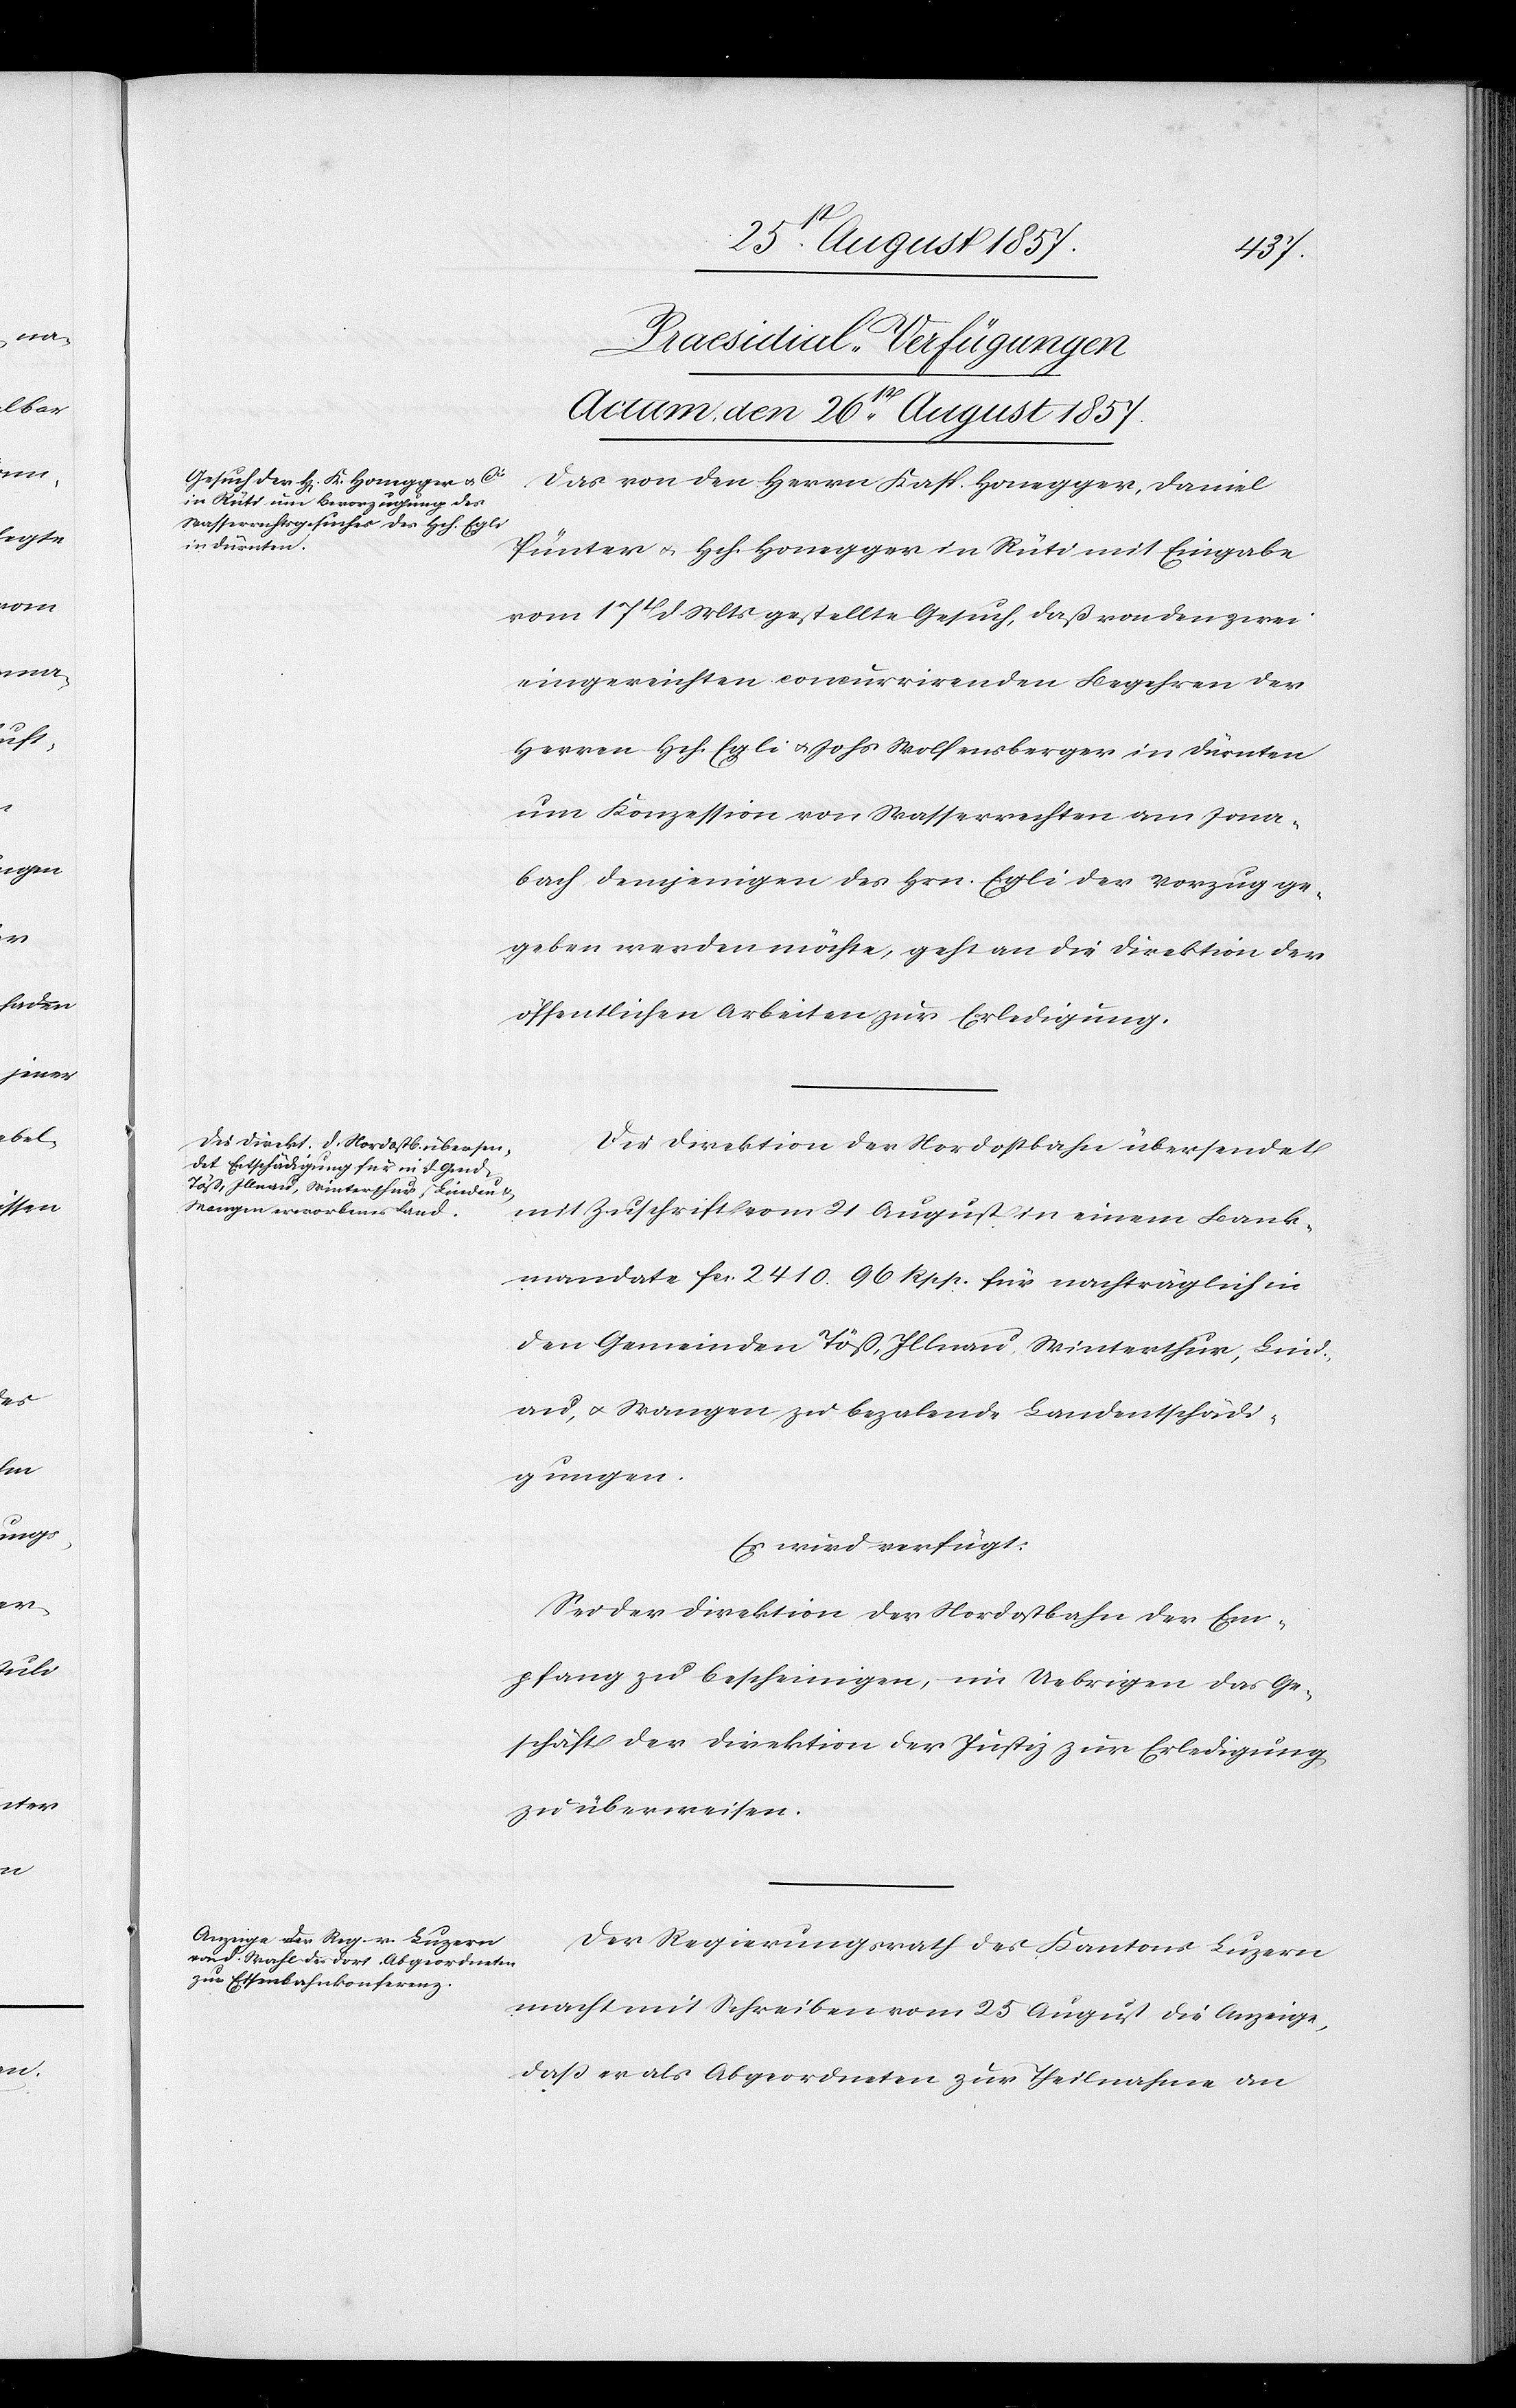
26t August 1857.]
[Praesidial-Verfügungen.
Actum, den 26t August 1857.
Das von den Herrn Kasp. Honegger, Daniel
Pünter & Hch. Honegger in Rüti mit Eingabe
vom 17t d. Mts. gestellte Gesuch, daß von den zwei
eingereichten concurrirenden Begehren der
Herrn Hch. Egli & Johs. Wolfensberger in Dürnten
um Konzession von Wasserrechten am Jona¬
bach demjenigen des Hern. Egli der Vorzug ge¬
geben werden möchte, geht an die Direktion der
öffentlichen Arbeiten zur Erledigung.
Die Direktion der Nordostbahn übersendet
mit Zuschrift vom 21 August in einem Bank¬
mandate fcs 2410. 96 Rpp. für nachträglich in
den Gemeinden Töß, Illnau, Winterthur, Lind¬
au, & Wangen zu bezalende Landentschädi¬
gungen.
Es wird verfügt:
Sei der Direktion der Nordostbahn der Em¬
pfang zu bescheinigen, im Uebrigen das Ge¬
schäft der Direktion der Justiz zur Erledigung
zu überweisen.
Der Regierungsrath des Kantons Luzern
macht mit Schreiben vom 25 August die Anzeige,
daß er als Abgeordneten zur Theilnahme an